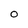
Character: O